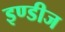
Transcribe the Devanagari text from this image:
इण्डीज